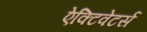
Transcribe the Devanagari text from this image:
ऐक्टिवेटर्स